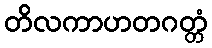
တိလကာဟတဂတ္တံ